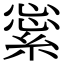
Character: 𦁞